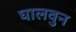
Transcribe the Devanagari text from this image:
घालवुन